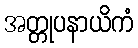
အတ္တုပနာယိကံ